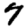
Digit: 7